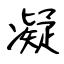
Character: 凝